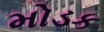
મોડક